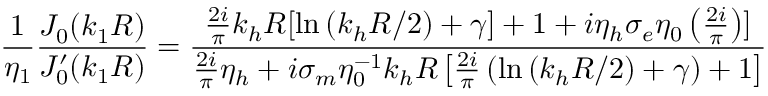
\frac { 1 } { \eta _ { 1 } } \frac { J _ { 0 } ( k _ { 1 } R ) } { J _ { 0 } ^ { \prime } ( k _ { 1 } R ) } = \frac { \frac { 2 i } { \pi } k _ { h } R [ \ln { ( k _ { h } R / 2 ) + \gamma ] + 1 + i \eta _ { h } \sigma _ { e } \eta _ { 0 } \left( \frac { 2 i } { \pi } \right) } ] } { \frac { 2 i } { \pi } \eta _ { h } + i \sigma _ { m } \eta _ { 0 } ^ { - 1 } k _ { h } R \left[ \frac { 2 i } { \pi } \left( \ln { ( k _ { h } R / 2 ) + \gamma } \right) + 1 \right] }